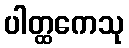
ပါတ္ထကေသု